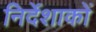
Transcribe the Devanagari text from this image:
निर्देशाकों